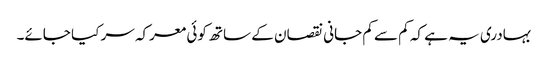
بہادری یہ ہے کہ کم سے کم جانی نقصان کے ساتھ کوئی معرکہ سر کیا جائے۔